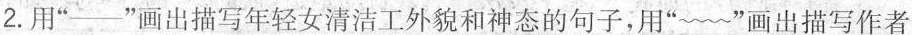
2.用”—”画出描写年轻女清洁工外貌和神态的句子，用”﹏”画出描写作者